Annual report on the working of the lock hospitals in the Central Provinces
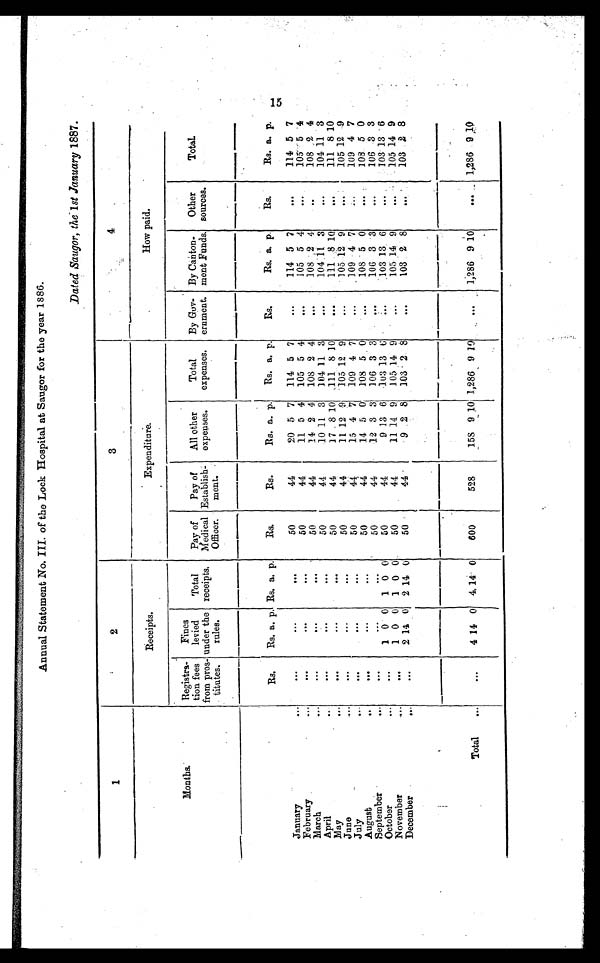
Annual Statement No. III of the Lock Hospital at Saugor for the year 1886.
Dated Saugor, the 1 st January 1887.
1
2
3
4
Receipts.
Expenditure.
How paid.
Months.
Registra-
tion fees
from pros-
titutes.
Fines
levied
under the
rules.
Total
receipts.
Pay of
Medical
Officer.
Pay of
Establish
- m e n t .
All other
expenses.
Total
expenses.
By Gov-
ernment.
By Canton-
ment Funds.
Other
sources.
T o t a l .
Rs.
Rs. a. p. Rs. a. p.
Rs.
Rs.
Rs.
a .
p.
Rs. a. p.
Rs.
Rs. a. p.
Rs.
Rs. a. p.
January
...
. . .
•••
...
50
44
20 5 7
114 5 7
. . .
114 5 7
...
114 5 7
February
. . .
. . .
. . .
. . .
50
44
11 5 4
105 5 4
...
105 5 4
...
105 5 4
March
...
. . .
. . .
. . .
50
44
14 2 4
108 2 4
...
108 2 4
..
108 2 4
April
...
. . .
. . .
. . .
50
44
10 11 3
104 11 3
...
104 11 3
...
104 11 3
May
. . .
. . .
. . .
...
50
44
1 7 8
1 0 111 8 10
...
111 8 10
...
111 8 10
June
. . .
•••
...
. . .
50
44
11 12 9
105 12 9
...
105 12 9
. . . 105 12 9
July
. . .
. . .
. . .
...
50
44
15 4 7
109 4 7
. . .
109 4 7
. . . 109 4 7
August
. . .
. . .
. . .
. . .
50
44
14 5 0
108 5 0
...
108 5 0
...
108 5 0
September
...
. . .
•••
•••
50
44
12 3 3
106 3 3
...
106 3 3
...
106 3 3
October...
. . .
1 0 0
1 0 0
50
44
9 13 6
103 13 6 ...
103 13 6
...
103 13 6
November
...
•••
1 0 0
1 0 0
50
44
11 14 9
105 14 9
...
105 14 9
. . . 105 14 9
December
. . .
. . .
2 14
0
2 14 0
50
44
9 2 8
103 2 8
...
103 2 8
...
103
2 8
Total
...
...
4 14 0
4
14 0
600
528
158 9 10 1,286 9 10
. . .
1,286 9 10
...
1,286 9
1 0
15